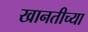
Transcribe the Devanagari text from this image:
खानतीच्या